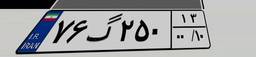
۷۶گ۲۵۰۱۳